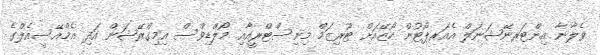
ވެލާނާ އިންޓަރނޭޝަނަލް އެއަރޕޯޓުން ހޯޒޭއަށް ޓޫރިޒަމް މިނިސްޓްރީއާއި މޯލްޑިވްސް އިމިގްރޭޝަން އަދި އެމްއޭސީއެލްގެ